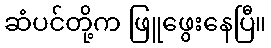
ဆံပင်တို့က ဖြူဖွေးနေပြီ။